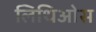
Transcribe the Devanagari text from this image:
लिथिओस